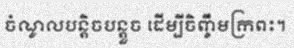
ចំណូលបន្តិចបន្តួច ដើម្បីចិញ្ចឹមក្រពះ។